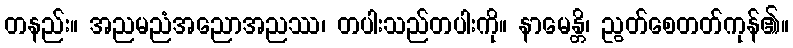
တနည်း။ အညမညံအညောအညဿ၊ တပါးသည်တပါးကို။ နာမေန္တိ၊ ညွတ်စေတတ်ကုန်၏။